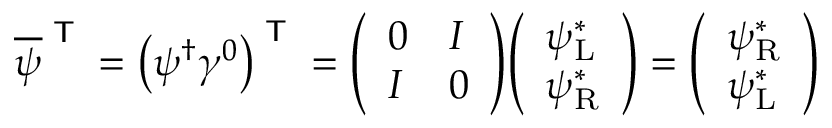
{ \overline { { \psi } } } ^ { \textsf { T } } = \left( \psi ^ { \dagger } \gamma ^ { 0 } \right) ^ { \textsf { T } } = { \left( \begin{array} { l l } { 0 } & { I } \\ { I } & { 0 } \end{array} \right) } { \left( \begin{array} { l } { \psi _ { \mathrm { L } } ^ { * } } \\ { \psi _ { \mathrm { R } } ^ { * } } \end{array} \right) } = { \left( \begin{array} { l } { \psi _ { \mathrm { R } } ^ { * } } \\ { \psi _ { \mathrm { L } } ^ { * } } \end{array} \right) }